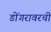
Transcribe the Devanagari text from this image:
डोंगरावरची